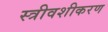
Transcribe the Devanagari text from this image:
स्त्रीवशीकरण